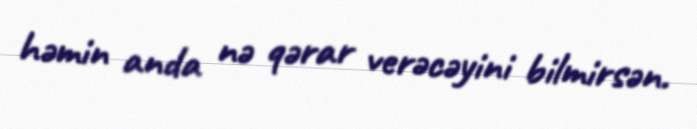
həmin anda nə qərar verəcəyini bilmirsən.